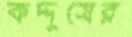
কদ্দুসের